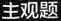
主观题